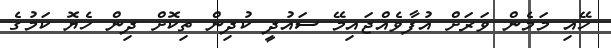
ހޭއި މަމެން ވަރަށް އުފާވެއްޖައިމޭ ސައުދީ ކުދިން ތިކޮށް ދިން ހެޔޮ ކަމުގެ